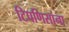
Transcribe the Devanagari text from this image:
टिपणिसांना